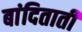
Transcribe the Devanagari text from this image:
बांदिताती